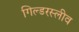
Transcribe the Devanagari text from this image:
गिल्डरस्लीव